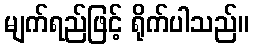
မျက်ရည်ဖြင့် ရိုက်ပါသည်။